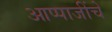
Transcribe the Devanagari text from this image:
आप्पाजींचे